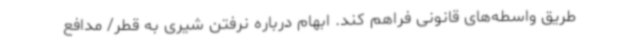
طریق واسطه‌های قانونی فراهم کند. ابهام درباره نرفتن شیری به قطر/ مدافع